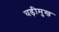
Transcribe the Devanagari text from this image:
घड़ीमुख